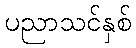
ပညာသင်နှစ်